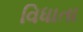
વિધાતા